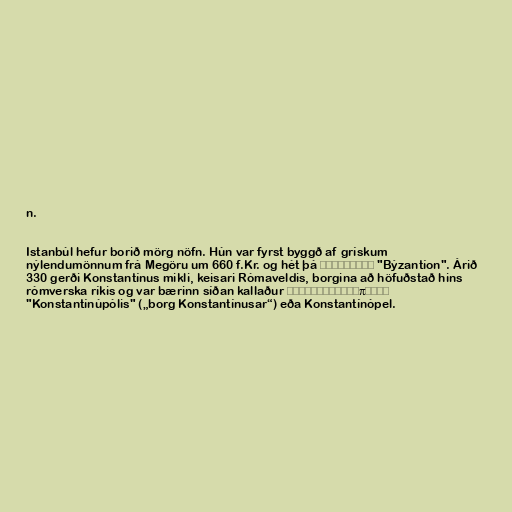
n.

Istanbúl hefur borið mörg nöfn. Hún var fyrst byggð af grískum
nýlendumönnum frá Megöru um 660 f.Kr. og hét þá Βυζάντιον "Býzantíon". Árið
330 gerði Konstantínus mikli, keisari Rómaveldis, borgina að höfuðstað hins
rómverska ríkis og var bærinn síðan kallaður Κωνσταντινούπολις
"Konstantínúpólis" („borg Konstantínusar“) eða Konstantínópel.